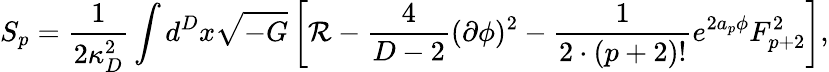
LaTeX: S_{p}={\frac{1}{2\kappa_{D}^{2}}}\int d^{D}x\sqrt{-G}\left[{\cal R}-{\frac{4}{D-2}}(\partial\phi)^{2}-{\frac{1}{2\cdot(p+2)!}}e^{2a_{p}\phi}F_{p+2}^{2}\right],